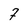
Character: 7